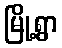
မြို့ရွာ